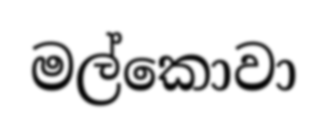
මල්කොවා